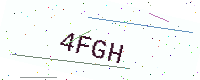
Text: 4FGH